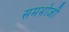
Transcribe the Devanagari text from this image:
समभोजी